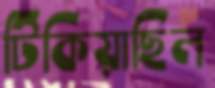
টিকিয়াছিল